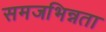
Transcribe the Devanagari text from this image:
समजभिन्नता